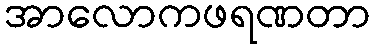
အာလောကဖရဏတာ